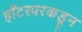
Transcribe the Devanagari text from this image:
हॉटस्परकडून